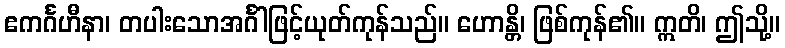
ဧကင်္ဂဟီနာ၊ တပါးသောအင်္ဂါဖြင့်ယုတ်ကုန်သည်။ ဟောန္တိ၊ ဖြစ်ကုန်၏။ ဣတိ၊ ဤသို့။